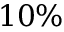
1 0 \%